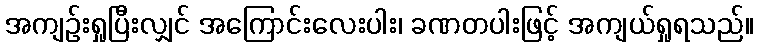
အကျဉ်းရှုပြီးလျှင် အကြောင်းလေးပါး၊ ခဏတပါးဖြင့် အကျယ်ရှုရသည်။